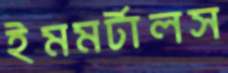
ইমমর্টালস